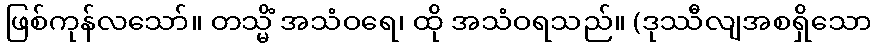
ဖြစ်ကုန်လသော်။ တသ္မိံ အသံဝရေ၊ ထို အသံဝရသည်။ (ဒုဿီလျအစရှိသော